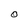
Character: O